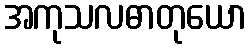
အကုသလဓာတုယော